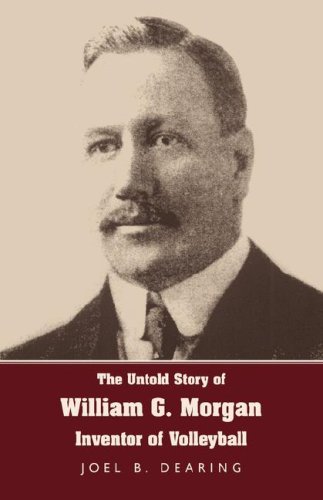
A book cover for The Untold Story of William G. Morgan, Inventor of Volleyball; Joel B. Dearing; Sports & Outdoors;